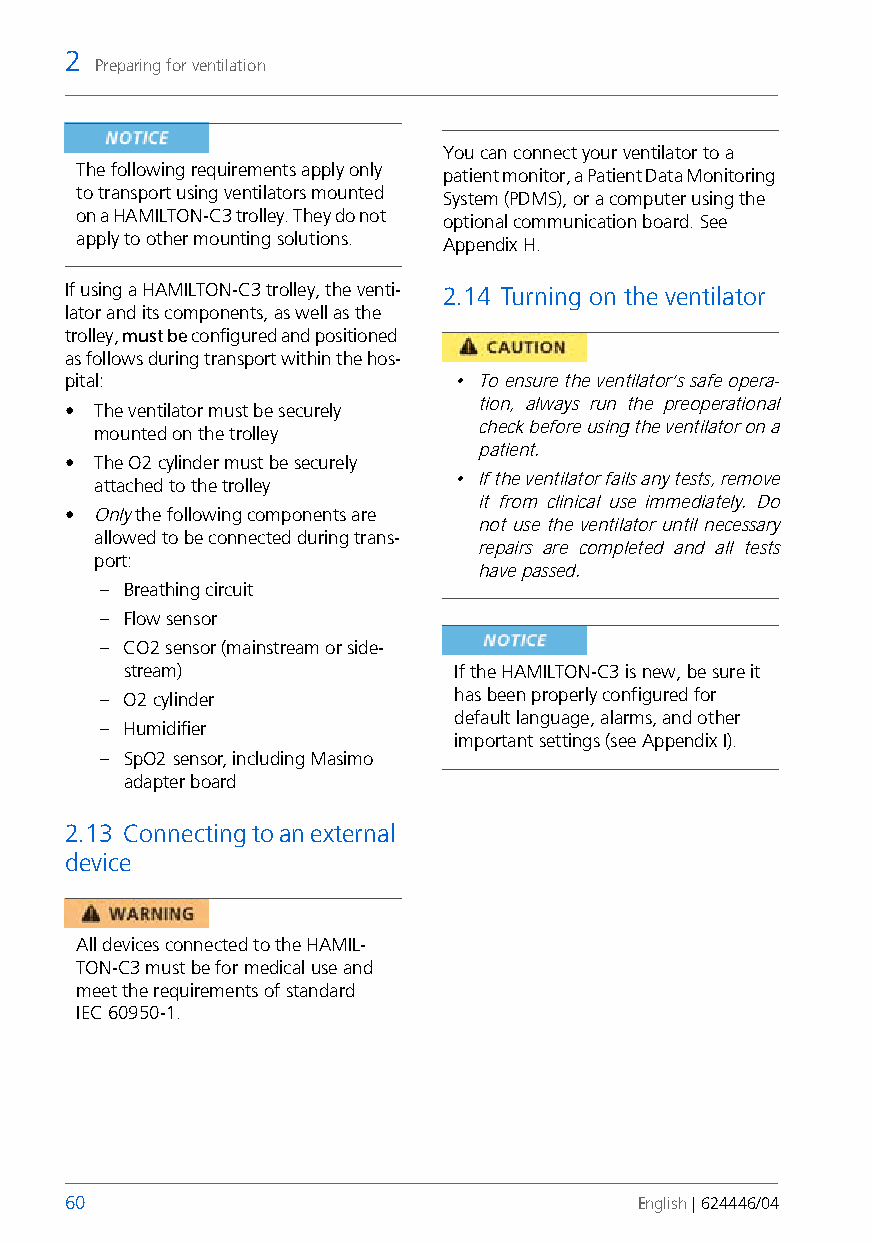
2
 Preparing for ventilation
 You can connect your ventilator to a
 The following requirements apply only
 patient monitor, a Patient Data Monitoring
 to transport using ventilators mounted System (PDMS), or a computer using the
 on a HAMILTON-C3 trolley. They do not optional communication board. See
 apply to other mounting solutions. AppendixH.
 If using a HAMILTON-C3 trolley, the venti- 2.14 Turning on the ventilator
 lator and its components, as well as the
 trolley, must be configured and positioned
 as follows during transport within the hos-
 pital:                    • To ensure the ventilator’s safe opera-
 tion, always run the preoperational
 • The ventilator must be securely
 check before using the ventilator on a
 mounted on the trolley
 patient.
 • The O2 cylinder must be securely
 • If the ventilator fails any tests, remove
 attached to the trolley
 it from clinical use immediately. Do
 • Only the following components are
 not use the ventilator until necessary
 allowed to be connected during trans-
 repairs are completed and all tests
 port:
 have passed.
 – Breathing circuit
 – Flow sensor
 – CO2 sensor (mainstream or side-
 stream)               If the HAMILTON-C3 is new, be sure it
 – O2 cylinder          has been properly configured for
 default language, alarms, and other
 – Humidifier
 important settings (seeAppendix I).
 – SpO2 sensor, including Masimo
 adapter board
 2.13 Connecting to an external
 device
 All devices connected to the HAMIL-
 TON-C3 must be for medical use and
 meet the requirements of standard
 IEC60950-1.
 60                                    English | 624446/04